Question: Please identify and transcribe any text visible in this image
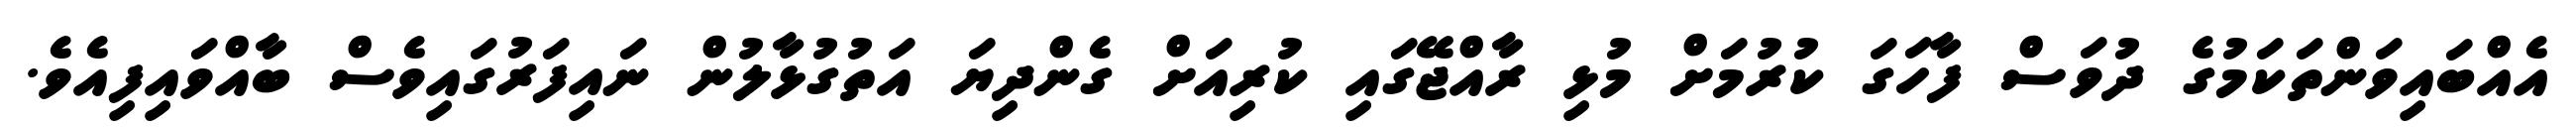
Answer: އެއްބައިވަންތަކަމުގެ ދުވަސް ފާހަގަ ކުރުމަށް މުޅި ރާއްޖޭގައި ކުރިއަށް ގެންދިޔަ އަތުގުޅާލުން ނައިފަރުގައިވެސް ބާއްވައިފިއެވެ.